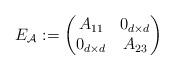
LaTeX: \begin{align*}E_{\mathcal{A}}:=\begin{pmatrix}A_{11} & 0_{d\times d}\\0_{d\times d} & A_{23}\end{pmatrix}\end{align*}